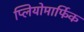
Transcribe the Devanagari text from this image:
प्लियोमार्फिक